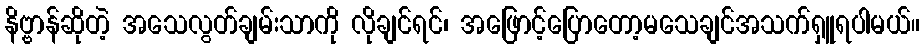
နိဗ္ဗာန်ဆိုတဲ့ အသေလွတ်ချမ်းသာကို လိုချင်ရင်၊ အဖြောင့်ပြောတော့မသေချင်အသက်ရှူရပါမယ်။